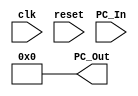
module Program_Counter(
	input clk, reset,
	input [63:0] PC_In,
	output reg [63:0] PC_Out
);

	always@(posedge clk)
		if (reset != 1)
			PC_Out = PC_In;
	always@(reset)
		PC_Out = 64'd0;

endmodule